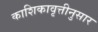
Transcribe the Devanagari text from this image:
काशिकावृत्तीनुसार